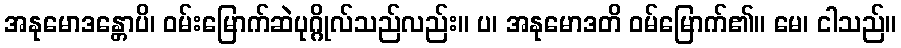
အနုမောဒန္တောပိ၊ ဝမ်းမြောက်ဆဲပုဂ္ဂိုလ်သည်လည်း။ ပ၊ အနုမောဒတိ ဝမ်မြောက်၏။ မေ၊ ငါသည်။